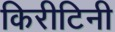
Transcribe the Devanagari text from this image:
किरीटिनी